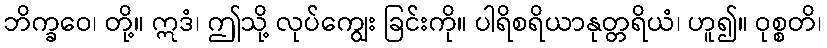
ဘိက္ခဝေ၊ တို့။ ဣဒံ၊ ဤသို့ လုပ်ကျွေး ခြင်းကို။ ပါရိစရိယာနုတ္တရိယံ၊ ဟူ၍။ ဝုစ္စတိ၊